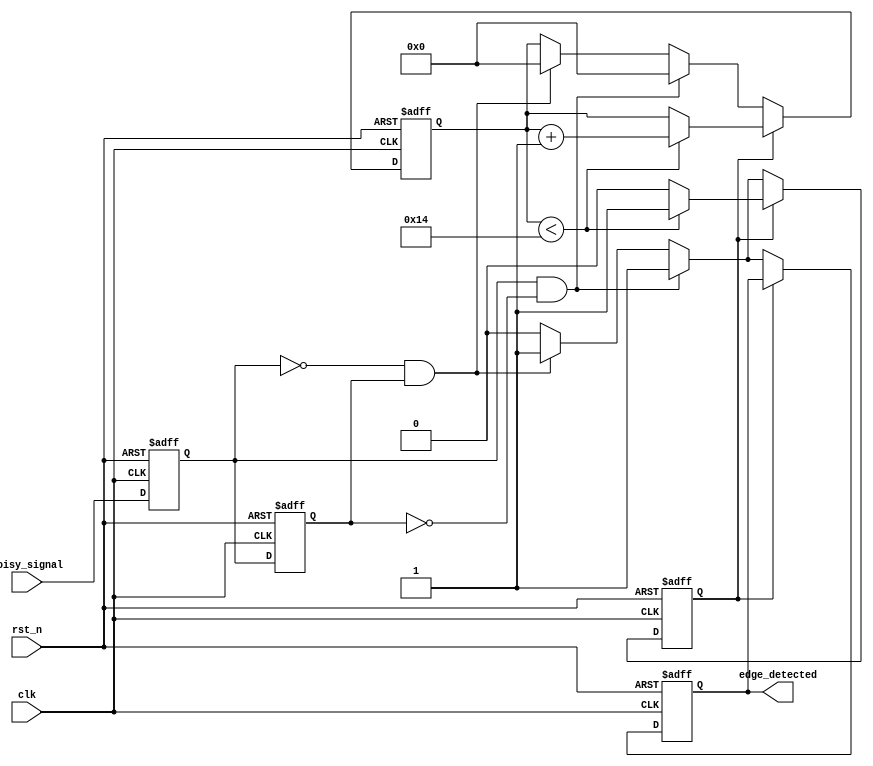
module DebouncedEdgeDetector (
    input wire clk,               // Clock signal
    input wire rst_n,             // Active low reset signal
    input wire noisy_signal,       // Input signal (noisy)
    output reg edge_detected       // Output signal indicating edge detection
);

    // Parameters
    parameter DEBOUNCE_TIME = 20; // Debounce time in clock cycles

    // State registers
    reg current_state;             // Current state of the input signal
    reg previous_state;            // Previous state of the input signal
    reg [4:0] debounce_counter;    // Counter for debounce timing
    reg debounce_active;           // Flag indicating if debounce period is active

    // Synchronous logic to sample the input signal and manage states and debouncing
    always @(posedge clk or negedge rst_n) begin
        if (!rst_n) begin
            // Reset state
            current_state <= 0;
            previous_state <= 0;
            edge_detected <= 0;
            debounce_counter <= 0;
            debounce_active <= 0;
        end else begin
            // Update current and previous states
            previous_state <= current_state;
            current_state <= noisy_signal;

            // Edge detection logic
            if (!debounce_active) begin
                if (current_state && !previous_state) begin
                    // Rising edge detected
                    edge_detected <= 1;
                    debounce_active <= 1; // Start debounce period
                    debounce_counter <= 0; // Reset counter
                end else if (!current_state && previous_state) begin
                    // Falling edge detected
                    edge_detected <= 1;
                    debounce_active <= 1; // Start debounce period
                    debounce_counter <= 0; // Reset counter
                end else begin
                    edge_detected <= 0; // No edge detected
                end
            end else begin
                // Debounce logic
                if (debounce_counter < DEBOUNCE_TIME) begin
                    debounce_counter <= debounce_counter + 1;
                end else begin
                    debounce_active <= 0; // End debounce period
                end
            end
        end
    end

endmodule